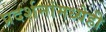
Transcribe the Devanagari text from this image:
प्रदर्शनांमध्येही